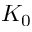
K _ { 0 }